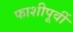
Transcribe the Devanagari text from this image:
फाशीपूर्वी